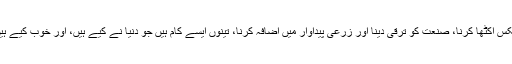
ٹیکس اکٹھا کرنا، صنعت کو ترقی دینا اور زرعی پیداوار میں اضافہ کرنا، تینوں ایسے کام ہیں جو دنیا نے کیے ہیں، اور خوب کیے ہیں۔